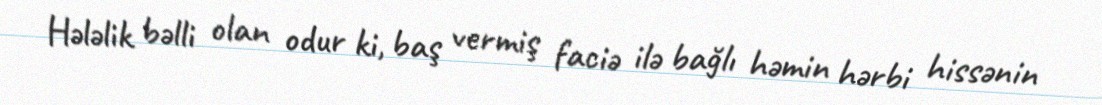
Hələlik bəlli olan odur ki, baş vermiş faciə ilə bağlı həmin hərbi hissənin